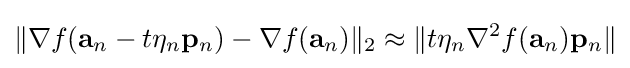
\|\nabla f(\mathbf {a} _{n}-t\eta _{n}\mathbf {p} _{n})-\nabla f(\mathbf {a} _{n})\|_{2}\approx \|t\eta _{n}\nabla ^{2}f(\mathbf {a} _{n})\mathbf {p} _{n}\|